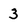
Character: 3